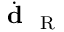
\dot { \textbf { d } } _ { \mathrm { ~ R ~ } }